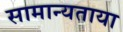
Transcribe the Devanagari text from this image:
सामान्यताया